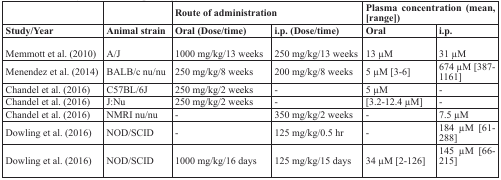
|  |  | <COLSPAN=2> Route of administration | <COLSPAN=2> Plasma concentration (mean, [range]) |
 | Study/Year | Animal strain | Oral (Dose/time) | i.p. (Dose/time) | Oral | i.p. |
 | --- | --- | --- | --- | --- | --- |
 | Memmott et al. (2010) | A/J | 1000 mg/kg/13 weeks | 250 mg/kg/13 weeks | 13 μM | 31 μM |
 | Menendez et al. (2014) | BALB/c nu/nu | 250 mg/kg/8 weeks | 200 mg/kg/8 weeks | 5 μM [3–6] | 674 μM [387-1161] |
 | Chandel et al. (2016) | C57BL/6J | 250 mg/kg/2 weeks | - | 5 μM | - |
 | Chandel et al. (2016) | J:Nu | 250 mg/kg/2 weeks | - | [3.2-12.4 μM] | - |
 | Chandel et al. (2016) | NMRI nu/nu | - | 350 mg/kg/2 weeks | - | 7.5 μM |
 | Dowling et al. (2016) | NOD/SCID | - | 125 mg/kg/0.5 hr | - | 184 μM [61-288] |
 | Dowling et al. (2016) | NOD/SCID | 1000 mg/kg/16 days | 125 mg/kg/15 days | 34 μM [2-126] | 145 μM [66-215] |